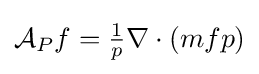
{\mathcal {A}}_{P}f=\textstyle {\frac {1}{p}}\nabla \cdot (mfp)